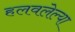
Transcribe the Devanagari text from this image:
हलवलेल्या